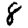
Digit: 8